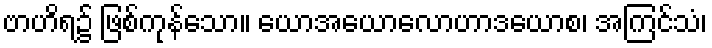
ဗာဟိရ၌ ဖြစ်ကုန်သော။ ယောအယောလောဟာဒယောစ၊ အကြင်သံ၊